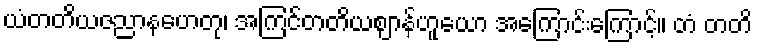
ယံတတိယဇညာနဟေတု၊ အကြင်တတိယဈာန်ဟူယော အကြောင်းကြောင့်။ တံ တတိ